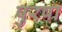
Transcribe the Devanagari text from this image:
पुरषा